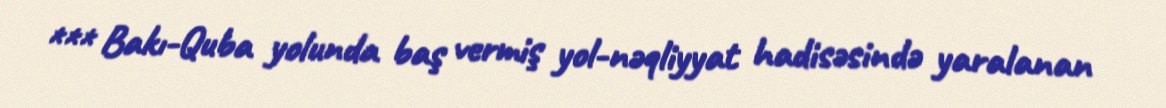
*** Bakı-Quba yolunda baş vermiş yol-nəqliyyat hadisəsində yaralanan